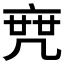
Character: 𠅟